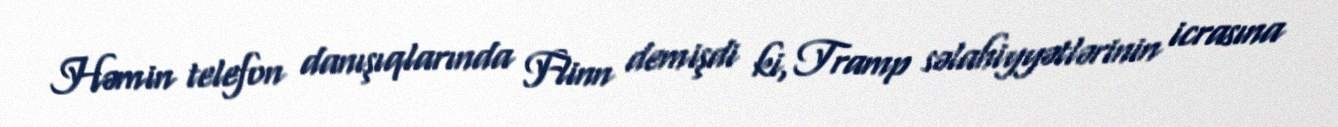
Həmin telefon danışıqlarında Flinn demişdi ki, Tramp səlahiyyətlərinin icrasına